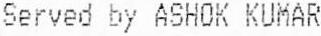
SERVED BY ASHOK KUMAR